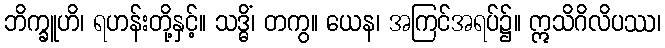
ဘိက္ခူဟိ၊ ရဟန်းတို့နှင့်။ သဒ္ဓိံ၊ တကွ။ ယေန၊ အကြင်အရပ်၌။ ဣသိဂိလိပဿ၊